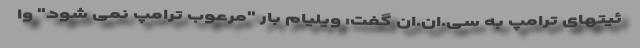
ئیتهای ترامپ به سی.ان.ان گفت: ویلیام بار "مرعوب ترامپ نمی شود" وا